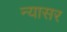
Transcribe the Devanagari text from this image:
न्यासर